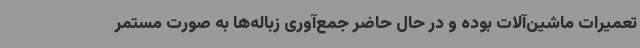
تعمیرات ماشین‌آلات بوده و در حال حاضر جمع‌آوری زباله‌ها به صورت مستمر